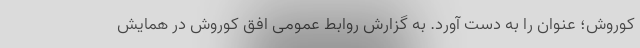
کوروش؛ عنوان را به دست آورد. به گزارش روابط عمومی افق کوروش در همایش